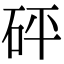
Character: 砰